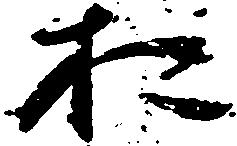
お